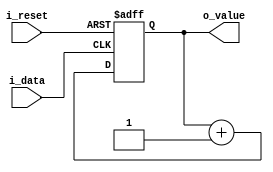
`timescale 1ns / 1ps

module counterData(
    input i_data,
    input i_reset,

    output [13:0] o_value
    );

    reg [13:0] r_value;
    assign o_value = r_value;

    always @(posedge i_data or posedge i_reset) begin
        if (i_reset) begin
            r_value <= 0;
        end
        else begin
            r_value <= r_value + 1;
        end        
    end

endmodule